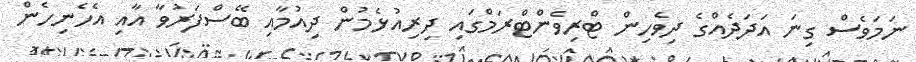
ނަމަވެސް ގިނަ އަދަދެއްގެ ދިވެހިން ޓްރިވެންޓްރަމްގައި ދިރިއުޅެމުން ދިއުމާއި ބޭސްފަރުވާ އާއި އެހެނިހެން